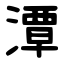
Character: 潭